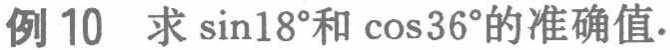
例 10 求\(\sin18^{\circ}\)和\(\cos36^{\circ}\)的准确值.